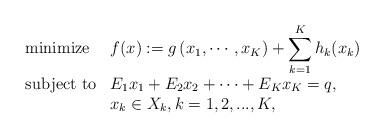
LaTeX: \begin{align*}\begin{array}{ll}\mbox{minimize} & \displaystyle f(x):=g\left(x_1,\cdots, x_K\right)+\sum_{k=1}^{K}h_k(x_k)\\ [10pt]\mbox{subject to} & \displaystyle E_1x_1+E_2x_2+\cdots+E_Kx_K=q,\\& x_k\in X_k,k=1,2,...,K,\end{array}\end{align*}